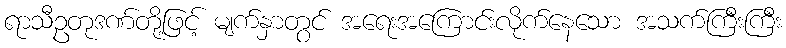
ရာသီဥတုဒဏ်တို့ဖြင့် မျက်နှာတွင် အရေးအကြောင်းလိုက်နေသော အသက်ကြီးကြီး